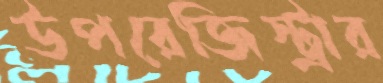
উপরেজিস্ট্রার